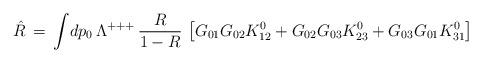
LaTeX: \begin{align*}\hat R\,=\,\int\!dp_0\,\Lambda^{+++}\,{R\over1-R}\,\left[G_{01}G_{02}K^0_{12}+G_{02}G_{03}K^0_{23}+G_{03}G_{01}K^0_{31}\right]\end{align*}